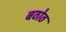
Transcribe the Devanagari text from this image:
बठोठ